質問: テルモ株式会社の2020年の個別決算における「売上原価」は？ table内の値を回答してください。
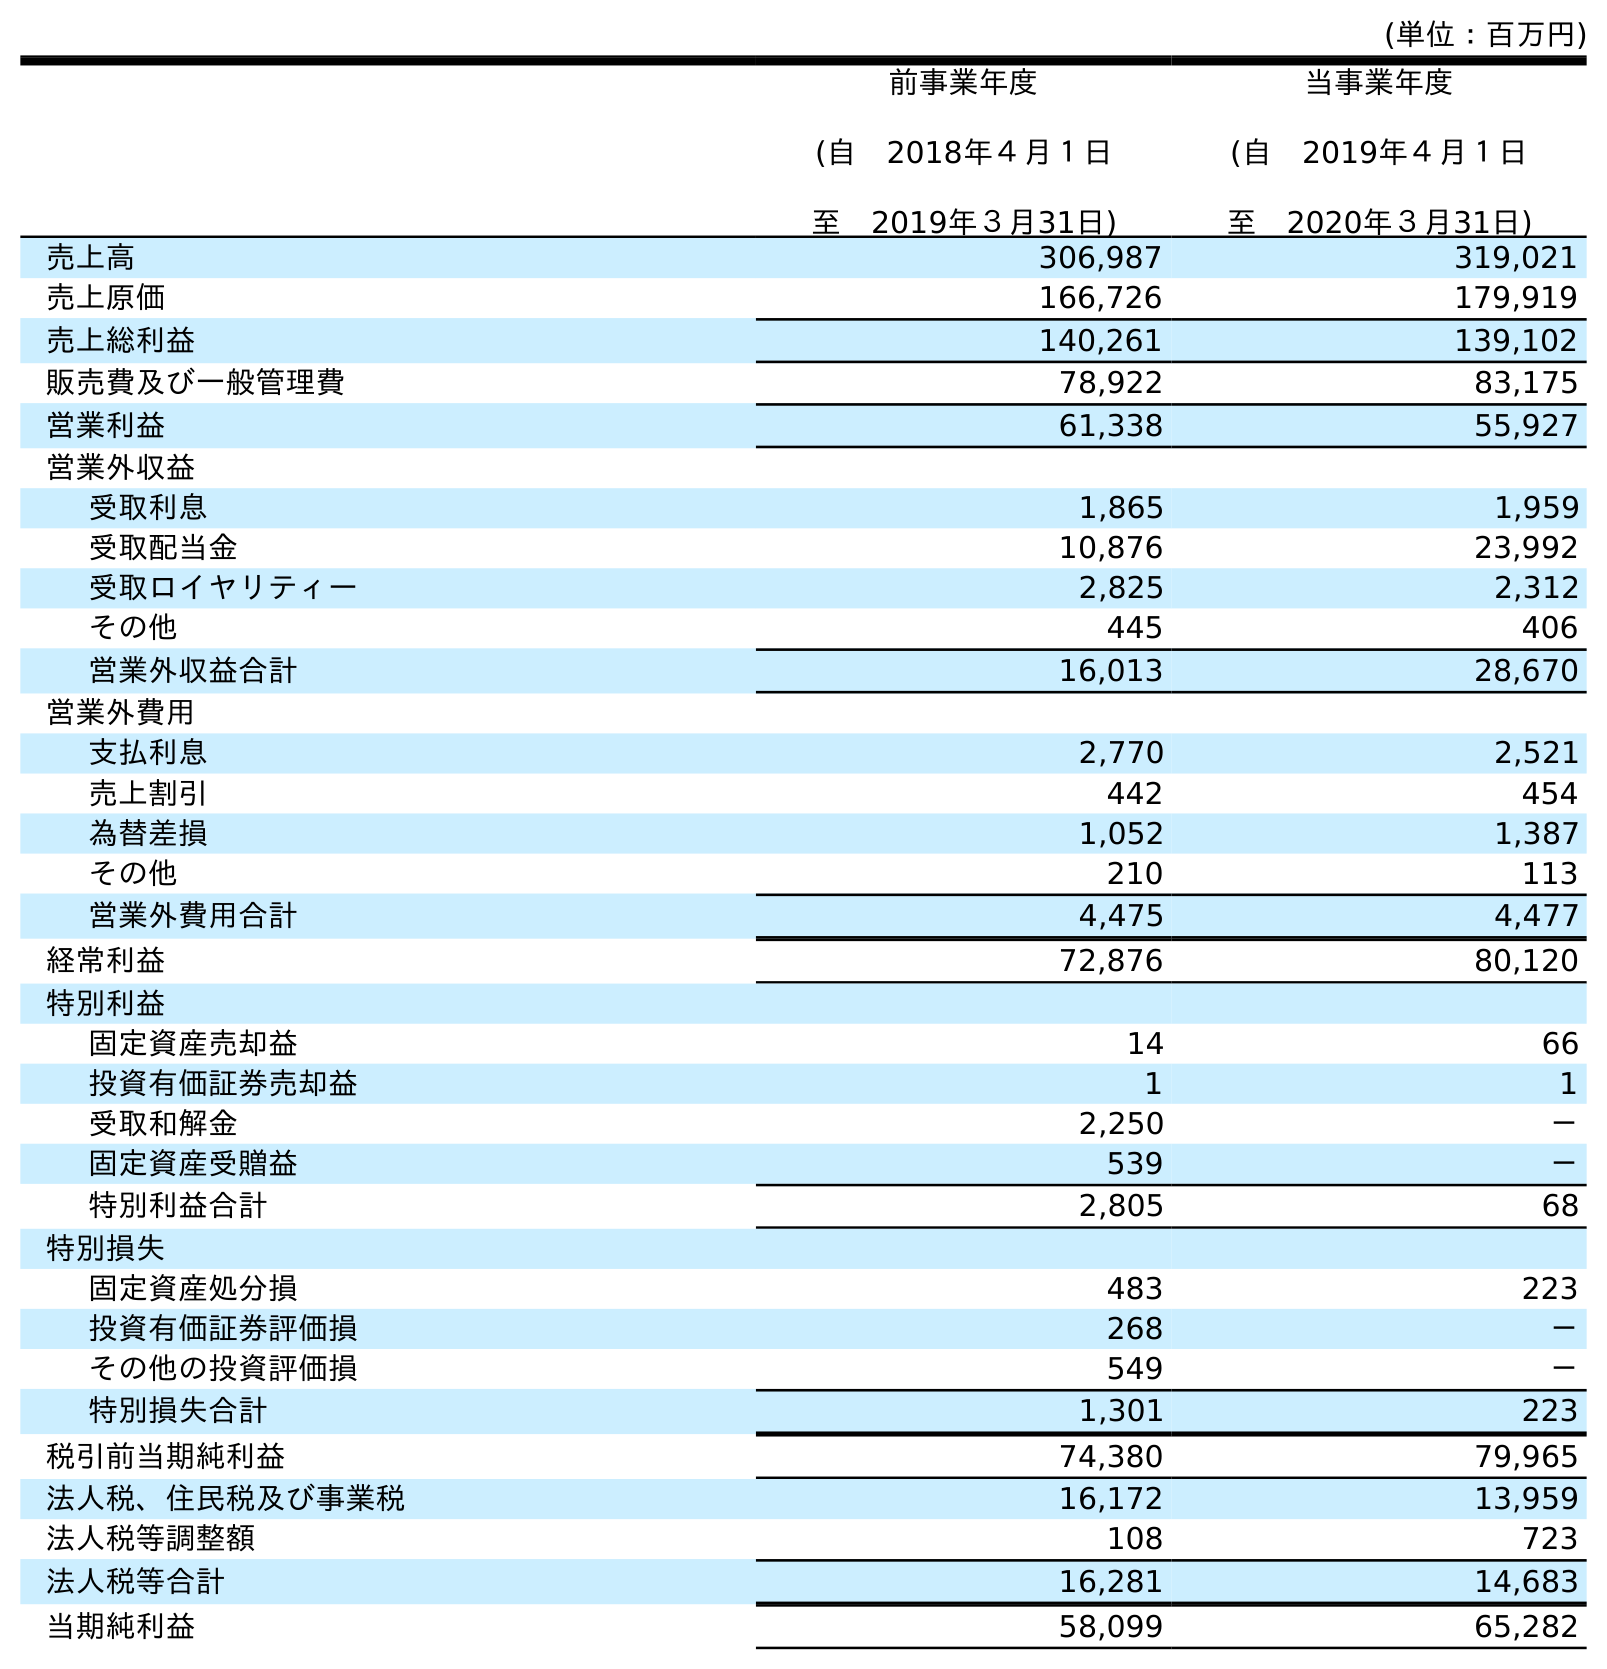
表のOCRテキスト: (単位：百万円) 前事業年度 (自 2018年４月１日 至 2019年３月31日) 当事業年度 (自 2019年４月１日 至 2020年３月31日) 売上高 306,987 319,021 売上原価 166,726 179,919 売上総利益 140,261 139,102 販売費及び一般管理費 78,922 83,175 営業利益 61,338 55,927 営業外収益 受取利息 1,865 1,959 受取配当金 10,876 23,992 受取ロイヤリティー 2,825 2,312 その他 445 406 営業外収益合計 16,013 28,670 営業外費用 支払利息 2,770 2,521 売上割引 442 454 為替差損 1,052 1,387 その他 210 113 営業外費用合計 4,475 4,477 経常利益 72,876 80,120 特別利益 固定資産売却益 14 66 投資有価証券売却益 1 1 受取和解金 2,250 － 固定資産受贈益 539 － 特別利益合計 2,805 68 特別損失 固定資産処分損 483 223 投資有価証券評価損 268 － その他の投資評価損 549 － 特別損失合計 1,301 223 税引前当期純利益 74,380 79,965 法人税、住民税及び事業税 16,172 13,959 法人税等調整額 108 723 法人税等合計 16,281 14,683 当期純利益 58,099 65,282
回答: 179,919